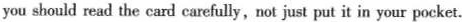
you should read the card carefully, not just put it in your pocket.